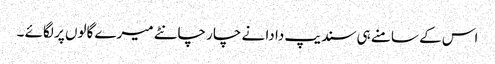
اس کے سامنے ہی سندیپ دا دا نے چار چانٹے میرے گالوں پر لگائے ۔